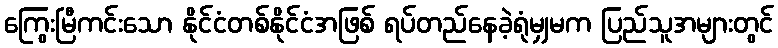
ကြွေးမြီကင်းသော နိုင်ငံတစ်နိုင်ငံအဖြစ် ရပ်တည်နေခဲ့ရုံမျှမက ပြည်သူအများတွင်